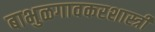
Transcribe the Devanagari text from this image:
बाभुळगावकरशास्त्री